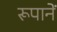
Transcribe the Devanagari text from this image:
रूपानें